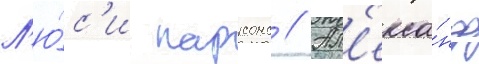
Л'ю́с'и парсонс // Ал'екса́ндр